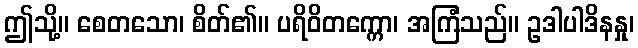
ဤသို့။ စေတသော၊ စိတ်၏။ ပရိဝိတက္ကော၊ အကြံသည်။ ဥဒါပါဒိနနှု၊